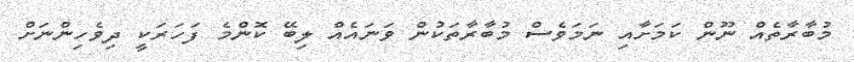
މުބާރާތެއް ނޫން ކަމަށާއި ނަމަވެސް މުބާރާތަކުން ވަނައެއް ލިބޭ ކޮންމެ ފަހަރަކީ ދިވެހިންނަށް